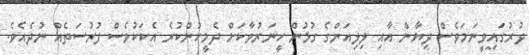
ދުރުގައިވީނަމަވެސް ދިޔާން އާއި ލިލިއަންގެ ގުޅުން ހީނަރުވާކަށް ދެމީހުންކުރެ އެކަކުވެސް ފުރުސަތެއް ނުދެއެވެ.